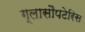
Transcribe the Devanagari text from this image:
ग्लासौपटेरिस